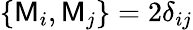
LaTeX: \{ \mathsf{M}_{i},\mathsf{M}_{j}\} =2\delta_{ij}